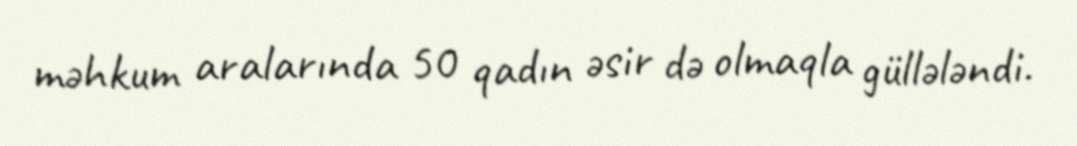
məhkum aralarında 50 qadın əsir də olmaqla güllələndi.